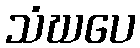
သံဃပေ